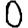
Digit: 0